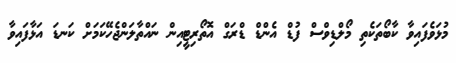
މުޅަވެފައިވާ ކާބޯތަކެތި މޯލްޑިވްސް ފުޑް އެންޑް ޑްރަގް އޮތޯރިޓީއިން ނައްތާލަންޖެހޭކަމަށް ކަނޑަ އަޅާފައިވާ